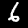
Label: 6